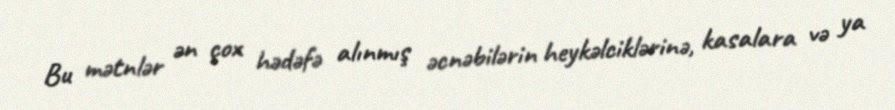
Bu mətnlər ən çox hədəfə alınmış əcnəbilərin heykəlciklərinə, kasalara və ya